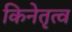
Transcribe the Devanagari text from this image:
किनेतृत्व